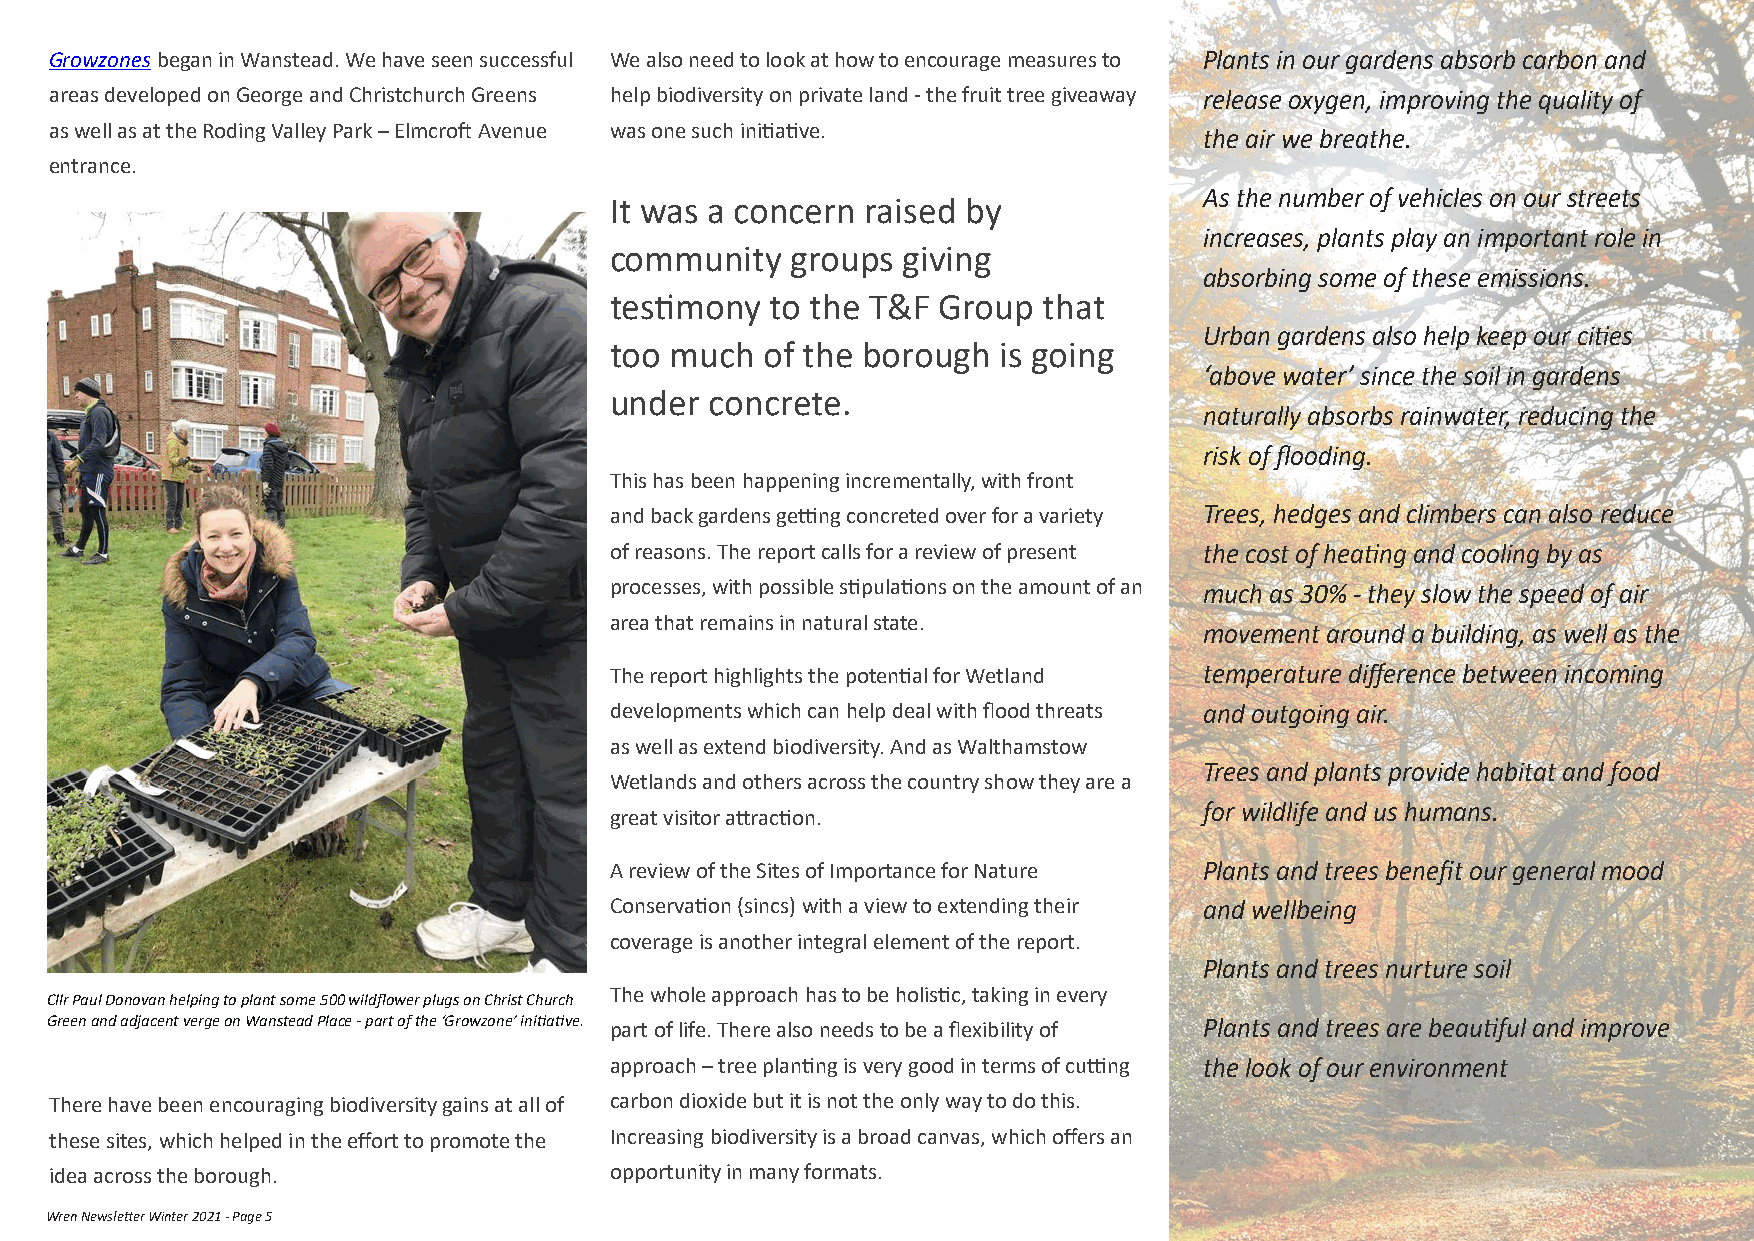
Growzones began in Wanstead. We have seen successful We also need to look at how to encourage measures to Plants in our gardens absorb carbon and
 areas developed on George and Christchurch Greens help biodiversity on private land - the fruit tree giveaway release oxygen, improving the quality of
 as well as at the Roding Valley Park – Elmcroft Avenue was one such initiative. the air we breathe.
 entrance.
 As the number of vehicles on our streets
 It was a concern raised by
 increases, plants play an important role in
 community   groups  giving
 absorbing some of these emissions.
 testimony  to the T&F Group  that
 Urban gardens also help keep our cities
 too much   of the borough is going
 ‘above water’ since the soil in gardens
 under  concrete.
 naturally absorbs rainwater, reducing the
 risk of flooding.
 This has been happening incrementally, with front
 and back gardens getting concreted over for a variety Trees, hedges and climbers can also reduce
 of reasons. The report calls for a review of present the cost of heating and cooling by as
 processes, with possible stipulations on the amount of an much as 30% - they slow the speed of air
 area that remains in natural state.
 movement around a building, as well as the
 The report highlights the potential for Wetland temperature difference between incoming
 developments which can help deal with flood threats and outgoing air.
 as well as extend biodiversity. And as Walthamstow
 Trees and plants provide habitat and food
 Wetlands and others across the country show they are a
 for wildlife and us humans.
 great visitor attraction.
 A review of the Sites of Importance for Nature Plants and trees benefit our general mood
 Conservation (sincs) with a view to extending their and wellbeing
 coverage is another integral element of the report.
 Plants and trees nurture soil
 The whole approach has to be holistic, taking in every
 Cllr Paul Donovan helping to plant some 500 wildflower plugs on Christ Church
 Green and adjacent verge on Wanstead Place - part of the ‘Growzone’ initiative. part of life. There also needs to be a flexibility of Plants and trees are beautiful and improve
 approach – tree planting is very good in terms of cutting the look of our environment
 There have been encouraging biodiversity gains at all of carbon dioxide but it is not the only way to do this.
 these sites, which helped in the effort to promote the Increasing biodiversity is a broad canvas, which offers an
 idea across the borough.             opportunity in many formats.
 Wren Newsletter Winter 2021 - Page 5